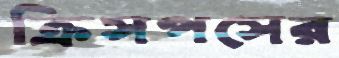
ক্রিসপসের